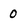
Character: 0